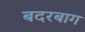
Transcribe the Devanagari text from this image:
बदरबाग